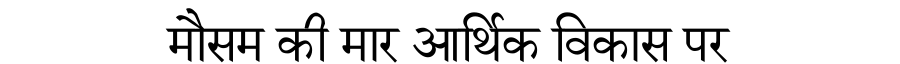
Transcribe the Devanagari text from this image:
मौसम की मार आर्थिक विकास पर